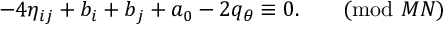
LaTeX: - 4 \eta _ { i j } + b _ { i } + b _ { j } + a _ { 0 } - 2 q _ { \theta } \equiv 0 . \qquad ( \mathrm { m o d } \ M N )